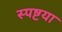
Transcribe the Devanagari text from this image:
स्पष्टया